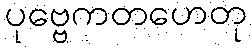
ပုဗ္ဗေကတဟေတု